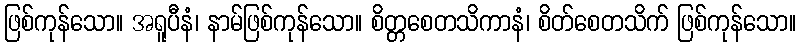
ဖြစ်ကုန်သော။ အရူပီနံ၊ နာမ်ဖြစ်ကုန်သော။ စိတ္တစေတသိကာနံ၊ စိတ်စေတသိက် ဖြစ်ကုန်သော။